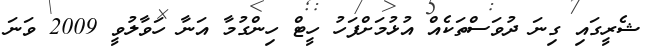
ޝެރީގައި ގިނަ ދުވަސްތަކެއް އުޅުމަށްފަހު ހީޓް ހިންގުމާ އަނާ ހަވާލުވީ 2009 ވަނަ